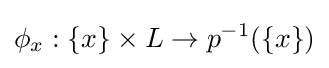
\phi _{x}:\{x\}\times L\rightarrow p^{-1}(\{x\})